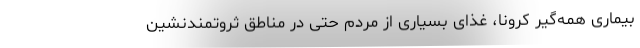
بیماری همه‌گیر کرونا، غذای بسیاری از مردم حتی در مناطق ثروتمندنشین